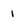
Character: 1